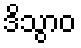
ဒိသွာဝ